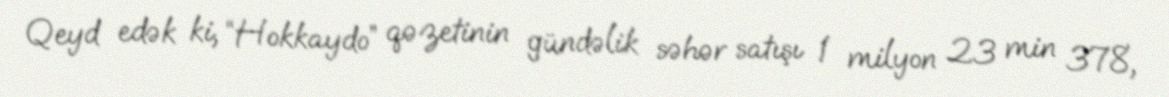
Qeyd edək ki, “Hokkaydo” qəzetinin gündəlik səhər satışı 1 milyon 23 min 378,